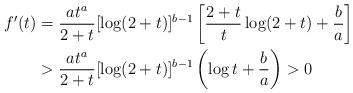
LaTeX: \begin{align*}f'(t)&=\frac{at^a}{2+t}[\log(2+t)]^{b-1}\left[\frac{2+t}{t}\log(2+t)+\frac{b}{a}\right]\\&>\frac{at^a}{2+t}[\log(2+t)]^{b-1}\left(\log t+\frac{b}{a}\right)>0\end{align*}